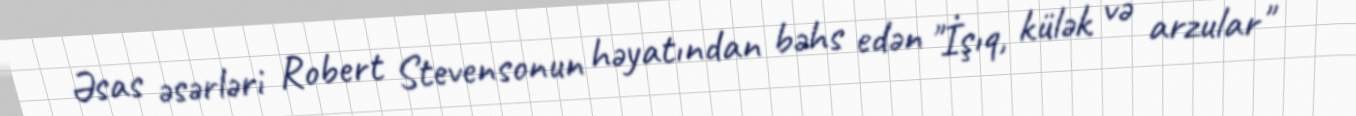
Əsas əsərləri Robert Stevensonun həyatından bəhs edən "İşıq, külək və arzular"